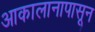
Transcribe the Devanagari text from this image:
आकालानापासून